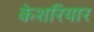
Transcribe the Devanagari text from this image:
केशरियार